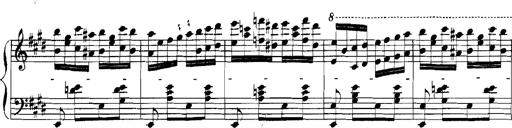
Title: Rhapsodies hongroises
Composer: Franz Liszt